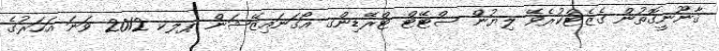
ޤާނޫނީގޮތުން ގެޒެޓްކުރެވޭ ލިޔުން ސްޓޭޓް ޓްރޭޑިންގ އޯގަނައިޒޭޝަން ޕލކ 2012 ވަނަ އަހަރުގެ